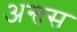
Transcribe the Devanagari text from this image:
अन्तस